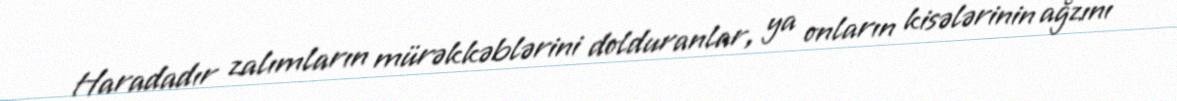
Haradadır zalımların mürəkkəblərini dolduranlar, ya onların kisələrinin ağzını